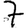
Digit: 7